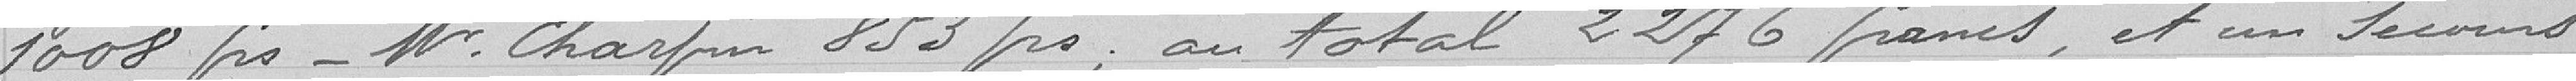
1.008 francs - Monsieur Charpin 853 francs ; au total 2.276 francs, et un secours